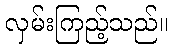
လှမ်းကြည့်သည်။